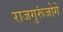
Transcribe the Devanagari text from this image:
राजगुरूंजोगे